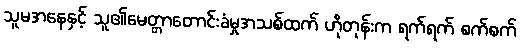
သူမအနေနှင့် သူ၏မေတ္တာတောင်းခံမှုအသစ်ထက် ဟိုတုန်းက ရက်ရက် စက်စက်